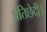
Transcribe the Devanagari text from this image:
प्रतिछेदी।